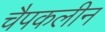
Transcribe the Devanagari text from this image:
चैपकलीन